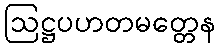
ဩဋ္ဌပဟတမတ္တေန